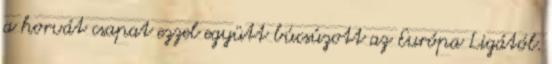
a horvát csapat ezzel együtt búcsúzott az Európa Ligától.